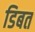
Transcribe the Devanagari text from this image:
डिबत